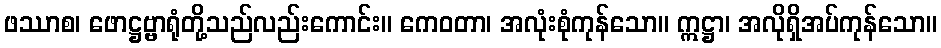
ဖဿာစ၊ ဖောဋ္ဌဗ္ဗာရုံတို့သည်လည်းကောင်း။ ကေဝတာ၊ အလုံးစုံကုန်သော။ ဣဋ္ဌာ၊ အလိုရှိအပ်ကုန်သော။